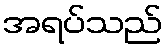
အရပ်သည်